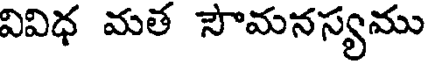
వివిధ మత సౌమనస్యము